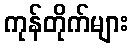
ကုန်တိုက်များ